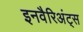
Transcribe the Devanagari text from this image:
इनवैरिअंट्स